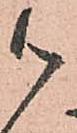
御